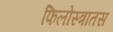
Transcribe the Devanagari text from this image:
फिलोस्त्रातस